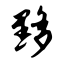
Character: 黟